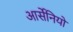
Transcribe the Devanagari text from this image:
आर्सेनियो